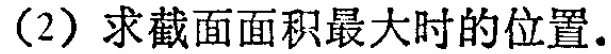
(2) 求截面面积最大时的位置.